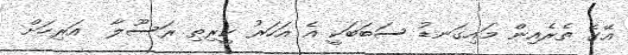
އޭގެ ތެރެއިން މައިގަނޑު ސަބަބަކީ އެ އަހަރު ކީރިތި ރަސޫލާ  އަރިހަށް